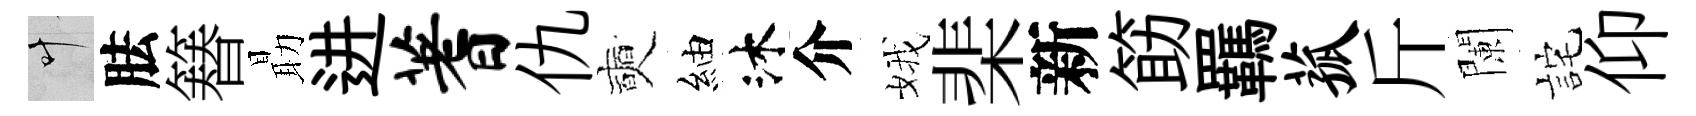
叶胠簮朂进蓍仇奭紬沐介娥棐新筯羈菰斤闌詫仰